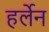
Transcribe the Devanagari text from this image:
हर्लेन